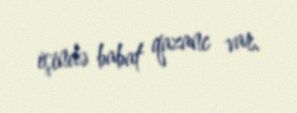
işində babat qazanc var.